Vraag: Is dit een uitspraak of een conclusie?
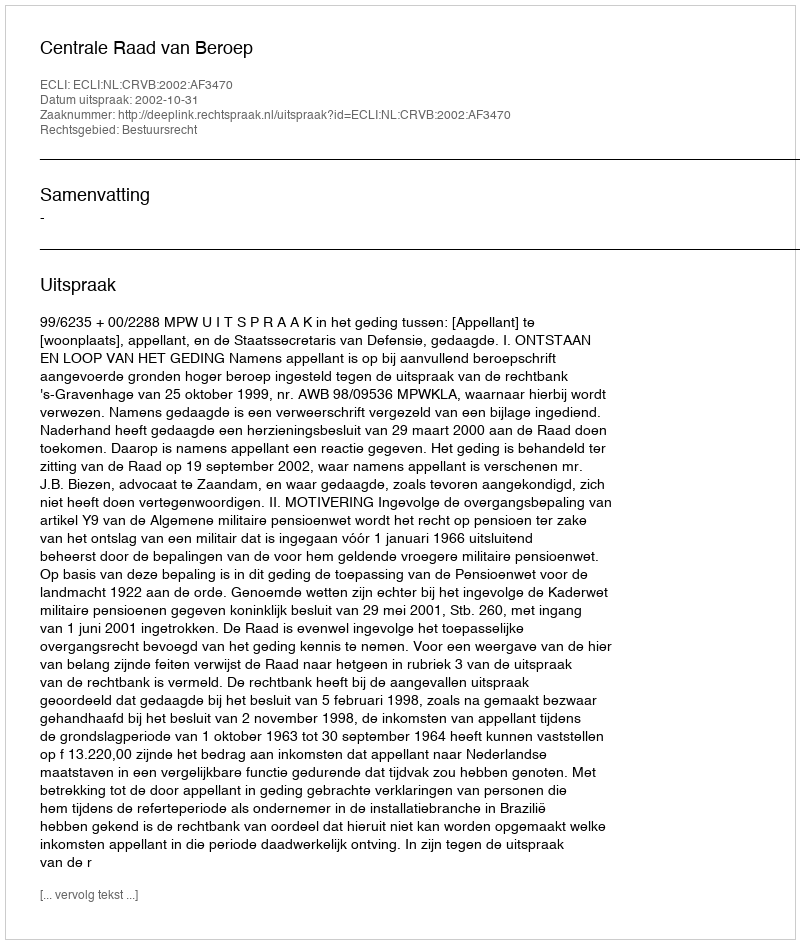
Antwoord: Uitspraak